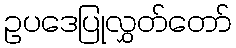
ဥပဒေပြုလွှတ်တော်